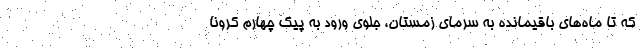
که تا ماه‌های باقیمانده به سرمای زمستان، جلوی ورود به پیک چهارم کرونا